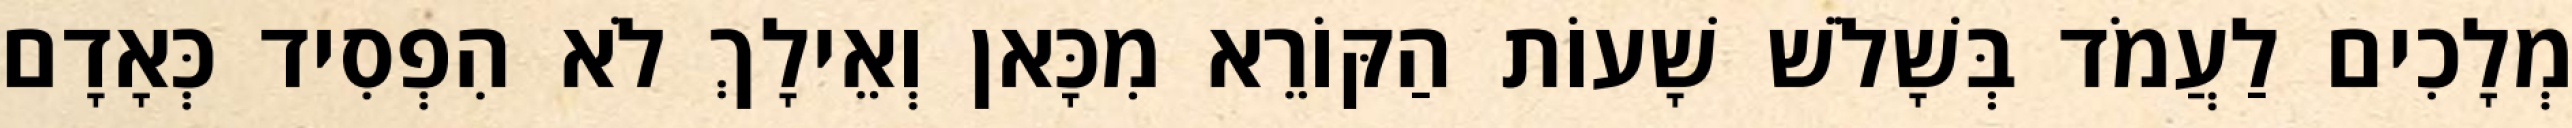
מְלָכִים לַעֲמֹד בְּשָׁלֹשׁ שָׁעוֹת הַקּוֹרֵא מִכָּאן וְאֵילָךְ לֹא הִפְסִיד כְּאָדָם